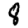
Digit: 8